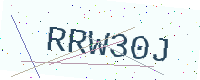
Text: RRW30J